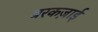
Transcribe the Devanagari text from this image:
बरकज़ाई